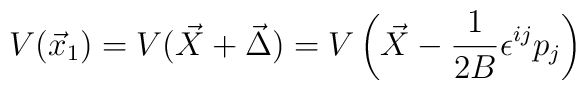
V(\vec x_1) = V(\vec X + \vec \Delta) = V\left(\vec X - \frac{1}{2B}\epsilon^{ij} p_j\right)